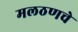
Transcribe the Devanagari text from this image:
मलठणचे